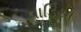
વાડિયા